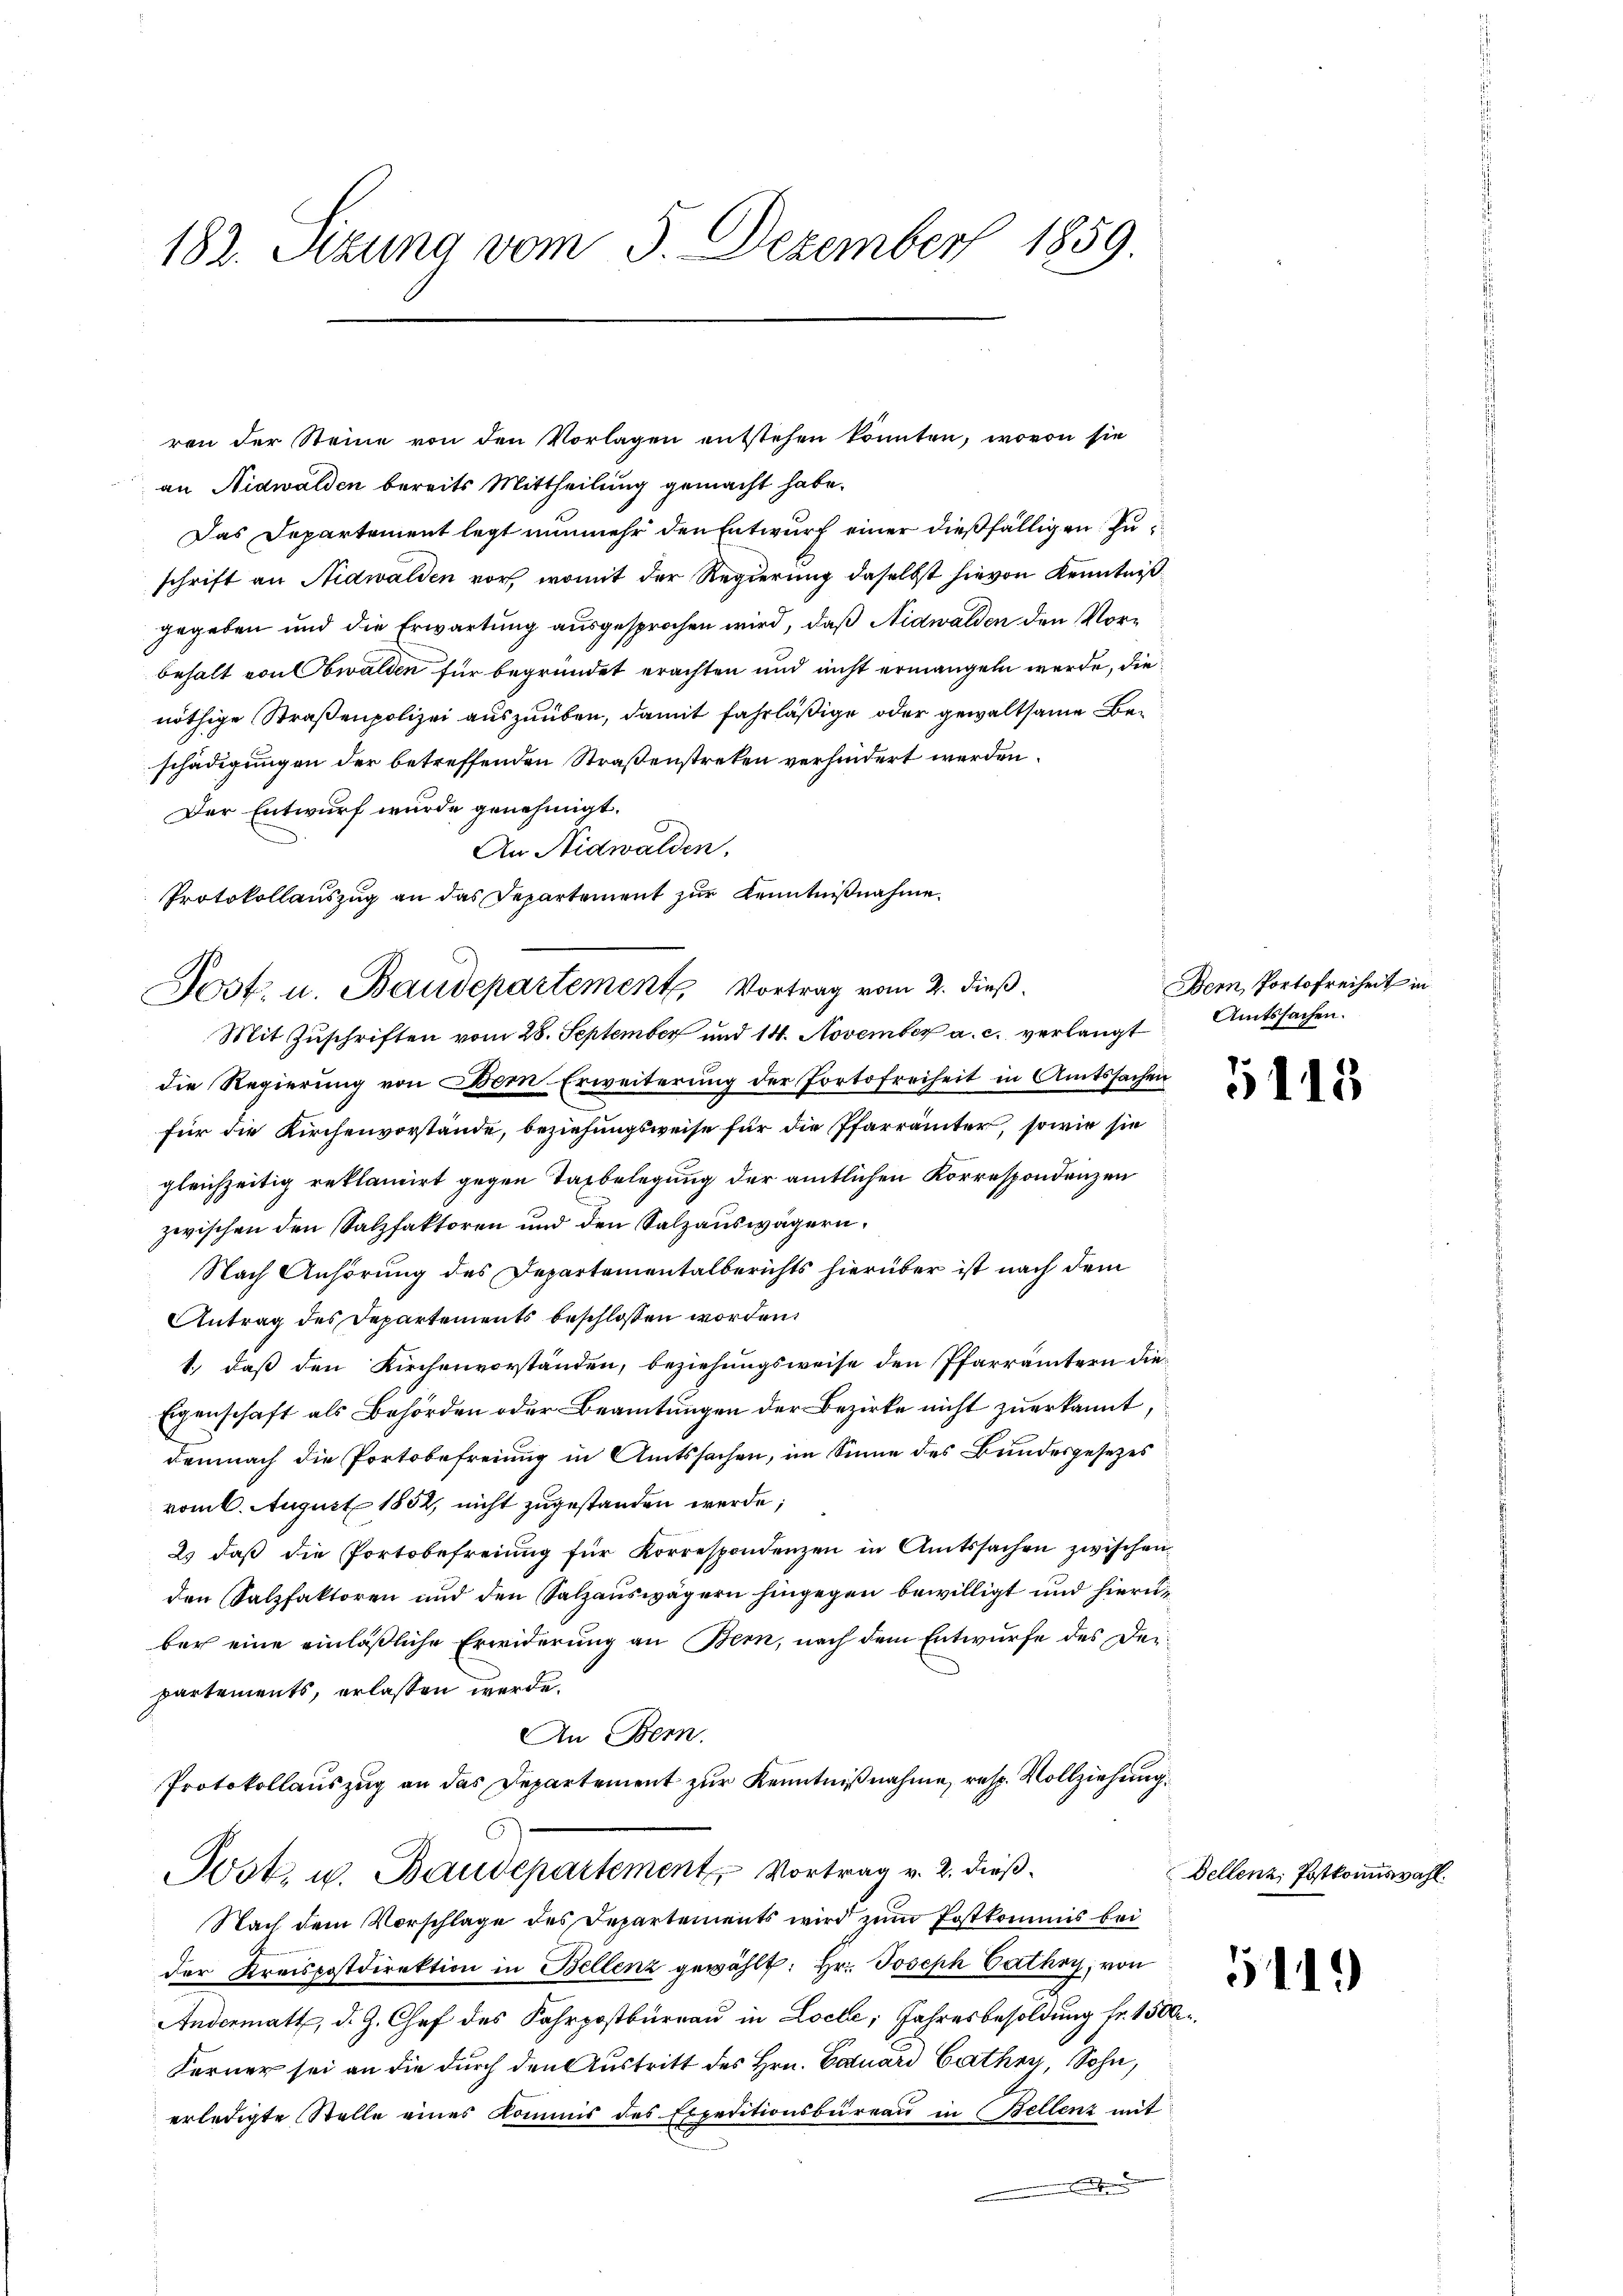
182. Sizung vom 5. Dezember 1859

an Nidwalden bereits Mittheilung gemacht habe.
Das Departement legt nunmehr den Entwurf einer dießfälligen Zuschrift an Nidwalden vor, womit der Regierung daselbst hievon Kenntniß
gegeben und die Erwartung ausgesprochen wird, daß Nidwalden den Vorbehalt von Obwalden für begründet erachten und nicht ermangeln werde, die
nöthige Straßenpolizei auszuüben, damit fahrläßige oder gewaltsame Beschädigungen der betreffenden Straßenstreken verhindert werden.
Der Entwurf wurde genehmigt.
An Nidwalden.
Protokollauszug an das Departement zur Kenntnißnahme

Post. u. Baudepartement, Vortrag vom 2. dieß.

ren der Steine von den Vorlagen entstehen könnten, wovon sie

Mit Zuschriften vom 28. September und 14. November a. c. verlangt
die Regierung von Bem Erweiterung der Portofreiheit in Amtssachen
für die Kirchenvorstände, beziehungsweise für die Pfarrämter, sowie sie
gleichzeitig reklamirt gegen Taxbelegung der amtlichen Korrespondenzen
zwischen den Salzfaktoren und den Salzauswägern,
Nach Anhörung des Departementalberichts hierüber ist nach dem
Antrag des Departements beschlossen worden.
1.) daß den Kirchenvorständen, beziehungsweise den Pfarrämtern die¬
Eigenschaft als Behörden oder Beamtungen der Bezirke nicht zuerkannt,
demnach die Portobefreiung in Amtssachen, im Sinne des Bundesgesezes
vom 6. August 1852, nicht zugestanden werde;
2. daβ die Portobefreiung für Korrespondenzen in Amtssachen zwischen
den Salzfaktoren und den Salzauswägern hingegen bewilligt und hierüber eine einläßliche Erwiderung an Bern, nach dem Entwurfe des Deipartements, erlassen werde.
An Bern.
Protokollauszug an das Departement zur Kenntnißnahme, resp. Vollziehung.
Post, u. Baudepartement, Vortrag v. 2. dieß¬
Nach dem Vorschlage des Departements wird zum Postkommis bei
der Kreispostdirektion in Bellenz gewählt: Hr. Joseph Cathy, von
Andermatt, d. J. Chef des Fahrpostbureau in Loche; Jahresbesoldung fr. 1500.
Ferner sei an die durch den Austritt des Hrn. Catuars Cathy, Sohn,
erledigte Stelle eines Kommis des Expeditionsbüreaŭ in Bellenz mit
.

Bern, Portofreiheit in
Amtssachen.

5113

Dellenz, Postkommiswahl.

511.